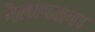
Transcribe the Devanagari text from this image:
नेलापत्तना